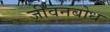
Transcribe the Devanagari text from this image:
जीवनबोध